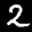
Label: 2